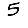
Digit: 5